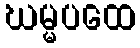
ဃမ္မပထေ